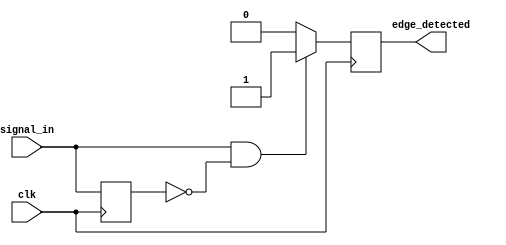
module pos_edge_detector (
    input wire clk,            // System clock
    input wire signal_in,      // Input signal to detect rising edge
    output reg edge_detected    // Output single pulse for edge detection
);

    reg signal_prev;           // Register to hold the previous state of signal_in

    // D Flip-Flop to sample the input signal on the rising edge of the clock
    always @(posedge clk) begin
        signal_prev <= signal_in; // Capture current state of signal_in
    end

    // Edge detection logic
    always @(posedge clk) begin
        if (signal_in && !signal_prev) begin
            edge_detected <= 1'b1; // Rising edge detected
        end else begin
            edge_detected <= 1'b0; // Reset output
        end
    end

endmodule